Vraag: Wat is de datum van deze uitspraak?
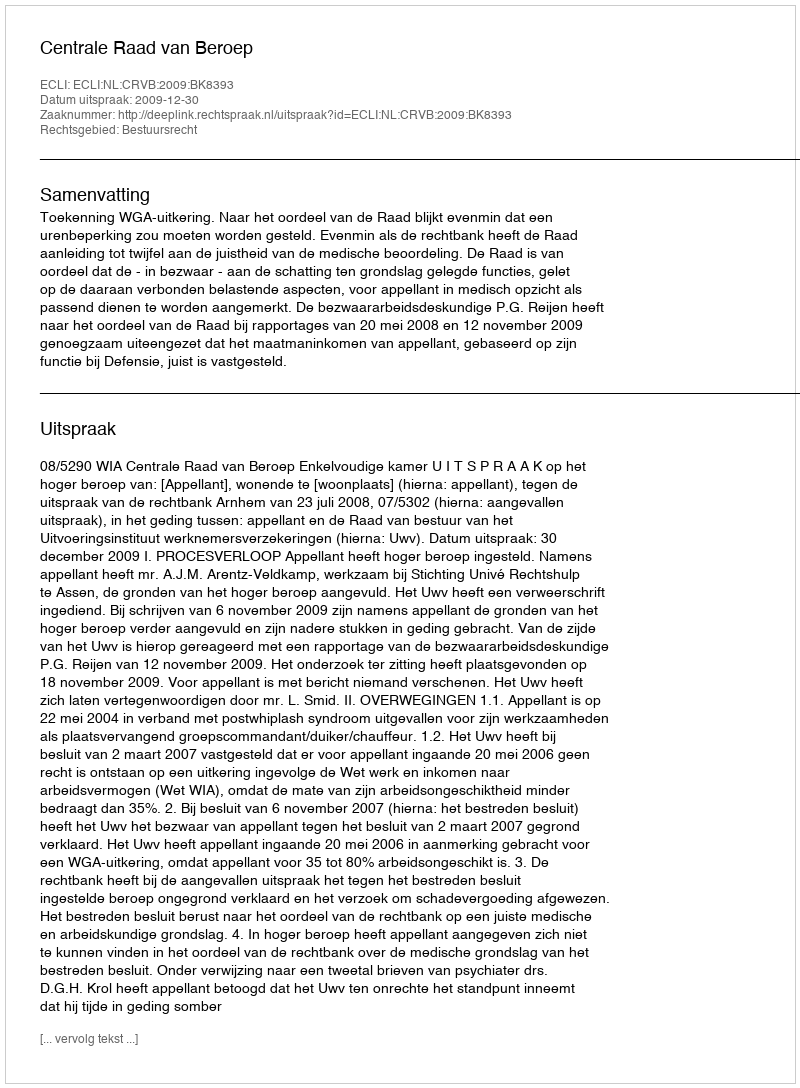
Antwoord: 2009-12-30